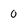
Character: 0